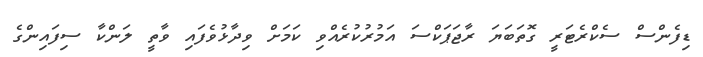
ޑިފެންސް ސެކްރެޓަރީ ގޮތަބަޔަ ރާޖަޕަކްސަ އަމުރުކުރެއްވި ކަމަށް ވިދާޅުވެފައި ވާތީ ލަންކާ ސިފައިންގެ